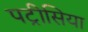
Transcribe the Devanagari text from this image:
पट्रीसिया